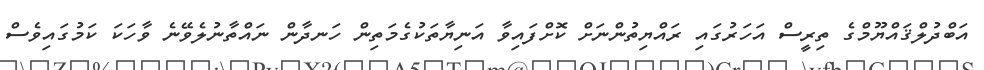
އަބްދުލްޤައްޔޫމްގެ ތިރީސް އަހަރުގައި ރައްޔިތުންނަށް ކޮށްފައިވާ އަނިޔާތަކުގެމަތިން ހަނދާން ނައްތާނުލެވޭނެ ވާހަކަ ކަމުގައިވެސް